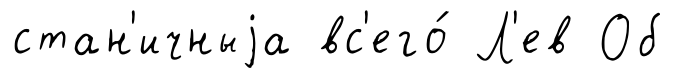
стан'ичныjа вс'его́ Л'ев Об